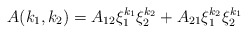
\begin{align*}A(k_{1},k_{2})=A_{12}\xi _{1}^{k_{1}}\xi _{2}^{k_{2}}+A_{21}\xi_{1}^{k_{2}}\xi _{2}^{k_{1}} \end{align*}